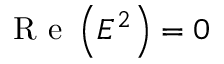
\mathrm { ~ R ~ e ~ } \left( E ^ { 2 } \right) = 0